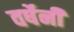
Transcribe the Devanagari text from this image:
वर्षेनी